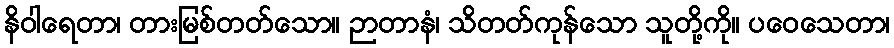
နိဝါရေတာ၊ တားမြစ်တတ်သော။ ဉာတာနံ၊ သိတတ်ကုန်သော သူတို့ကို။ ပဝေသေတာ၊